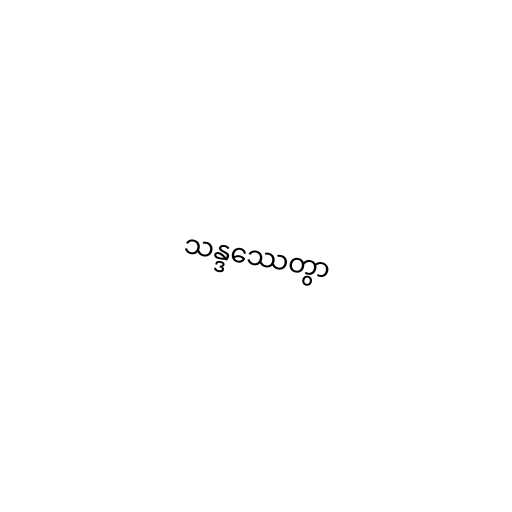
သန္ဒဿေတွာ